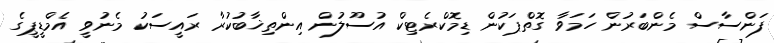
ފަންސާސް މެންބަރުން ހަމަވާ ގޮތްޕަކުން ޑިމޮކްރެޓިކް އުސޫލުން އިންތިޚާބުކުރާ ރައީސަކު މެނުވީ އެމްޑީޕީގެ